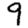
Digit: 9